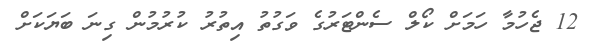
12 ޖެހުމާ ހަމަަށް ކޯލް ސެންޓަރުގެ ވަގުތު އިތުރު ކުރުމުން ގިނަ ބަޔަކަށް